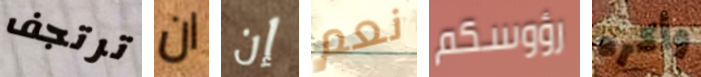
ترتجف ان إن نعم رؤوسكم وأكره